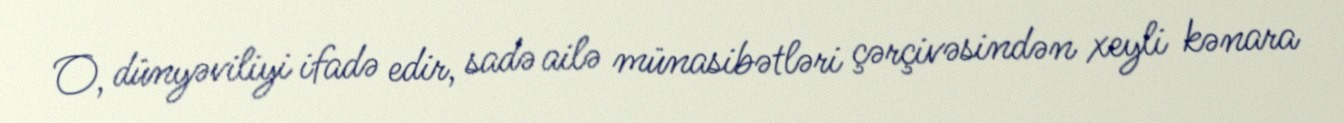
O, dünyəviliyi ifadə edir, sadə ailə münasibətləri çərçivəsindən xeyli kənara